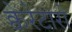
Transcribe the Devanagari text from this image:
क्वेरेटारो